Riigikantselei, lk 35
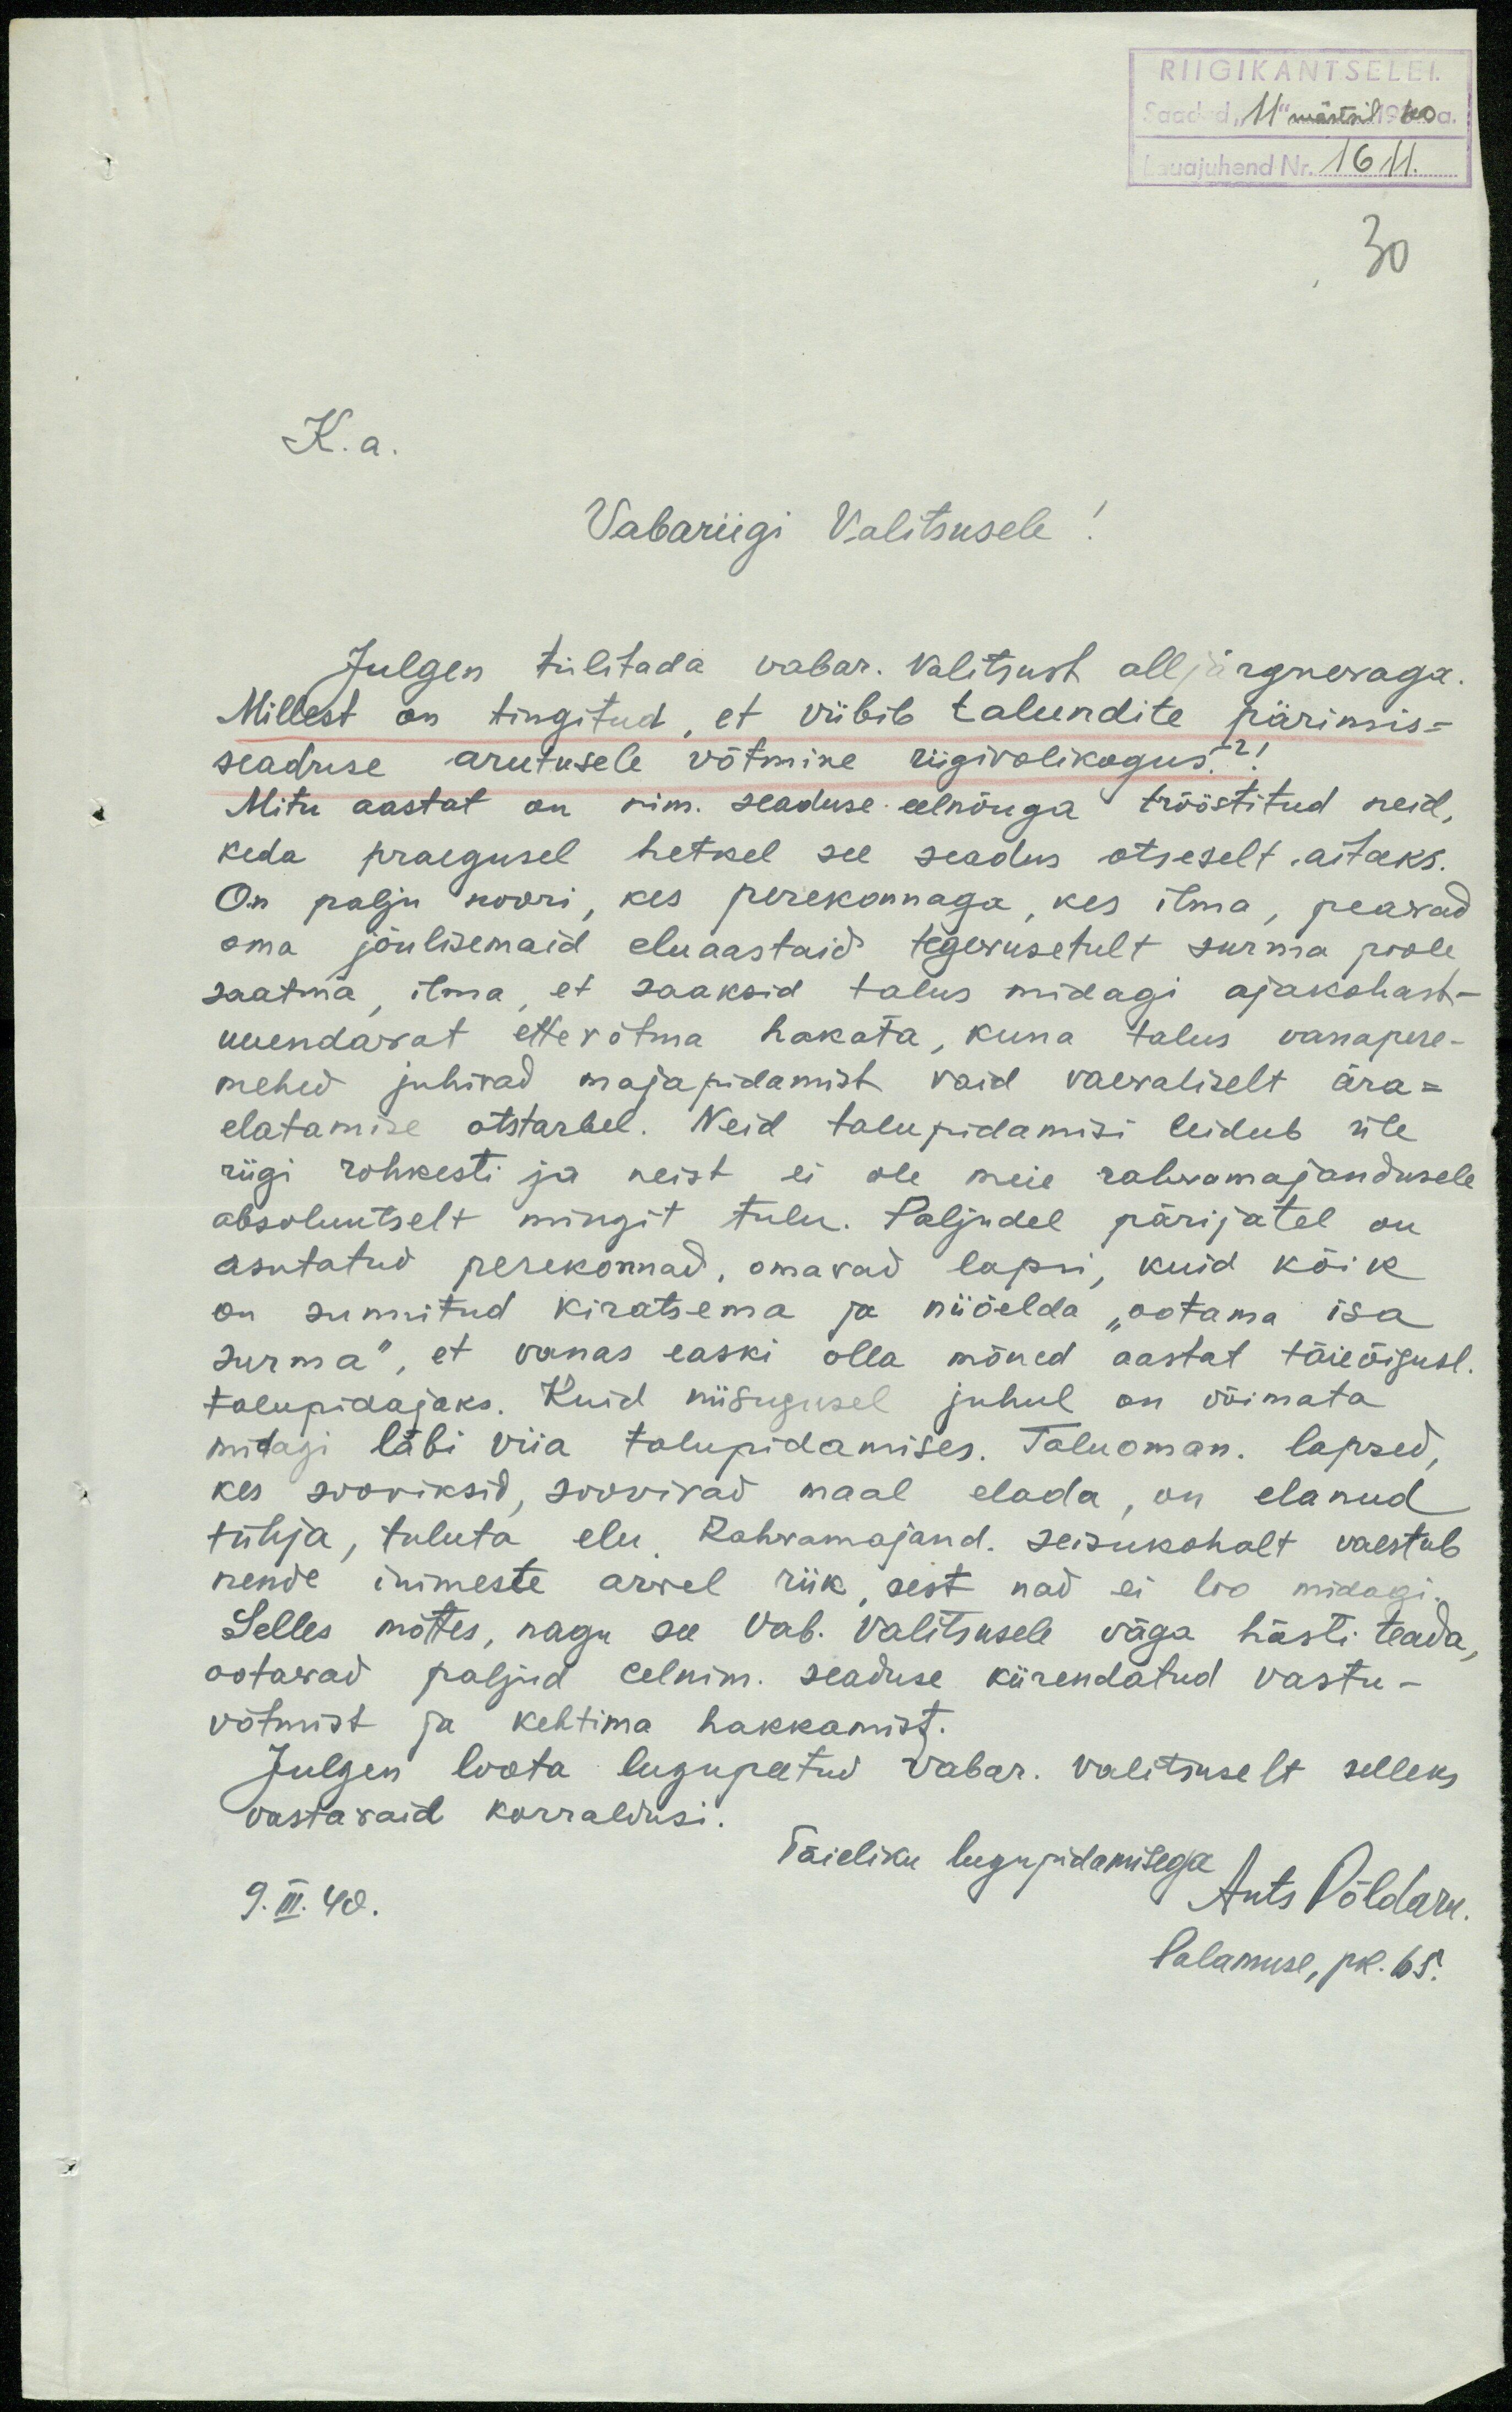
RIIGIKANTSELE
Saadud "11" märtsil 1940 a.
Lauajuhend Nr. 1611
30
K. a.
Vabariigi Valitsusele!
Julgen tülitada vabar. Valitsust alljärgnevaga.
Millest on tingitud, et viibib talundite pärimis-
seaduse arutusele võtmine riigivolikogust. ?!
Mitu aastat on nim. seaduse eelnõuga trööstitud neid,
keda praegusel hetkel see seadus otseselt ,aitaks.
On palju noori, kes perekonnaga, kes ilma, peavad
oma jõulisemaid eluaastaid tegevusetult surma poole
saatma, ilma, et saaksid talus midagi ajakohast-
uuendavat ettevõtma hakata, kuna talus vanapere-
mehed juhivad majapidamist vaid vaevaliselt ära-
elatamise otstarbel. Neid talupidamisi leidub üle
riigi rohkesti ja neist ei ole meie rahvamajandusele
absoluutselt mingit tulu. Paljudel pärijatel on
asutatud perekonnad, omavad lapsi, kuid kõik
on sunnitud kiratsema ja niiöelda "ootama isa
surma", et vanas easki olla mõned aastat täieõigusl.
talupidajaks. Kuid niisugusel juhul on võimata
midagi läbi viia talupidamises. Taluoman lapsed,
kes sooviksid, soovivad maal elada, on elanud,
tühja, tuluta elu. Rahvamajand. seisukohalt vaestab
nende inimeste arvel riik, sest nad ei loo midagi.
Selles mõttes, nagu see Vab. Valitsusele väga hästi teada,
ootavad paljud eelnim. seaduse kiirendatud vastu-
võtmist ja kehtima hakkamist.
Julgen loota lugupeetud vabar. Valitsuselt selleks
vastavaid korraldusi.
Täieliku lugupidamisega
9. III. 40.
Ants Põldaru
Palamuse, pk. 65.